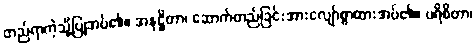
တည်ရာကဲ့သို့ပြုအပ်၏။ အနုဋ္ဌိတာ၊ ဆောက်တည်ခြင်းအားလျော်စွာထားအပ်၏။ ပရိစိတာ၊